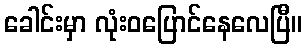
ခေါင်းမှာ လုံးဝပြောင်နေလေပြီ။